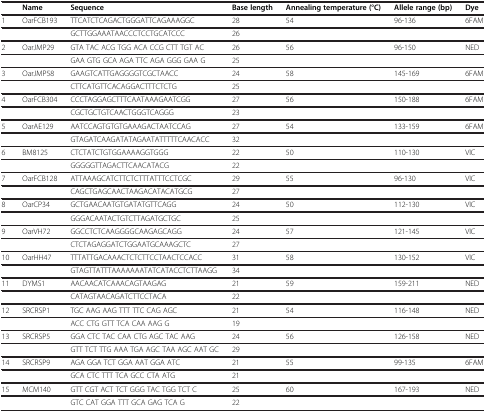
<table><thead><tr><td><b> </b></td><td><b>Name</b></td><td><b>Sequence</b></td><td><b>Base length</b></td><td><b>Annealing temperature (°C)</b></td><td><b>Allele range (bp)</b></td><td><b>Dye</b></td></tr></thead><tbody><tr><td>1</td><td>OarFCB193</td><td>TTCATCTCAGACTGGGATTCAGAAAGGC</td><td>28</td><td>54</td><td>96-136</td><td>6FAM</td></tr><tr><td> </td><td> </td><td>GCTTGGAAATAACCCTCCTGCATCCC</td><td>26</td><td> </td><td> </td><td> </td></tr><tr><td>2</td><td>OarJMP29</td><td>GTA TAC ACG TGG ACA CCG CTT TGT AC</td><td>26</td><td>56</td><td>96-150</td><td>NED</td></tr><tr><td> </td><td> </td><td>GAA GTG GCA AGA TTC AGA GGG GAA G</td><td>25</td><td> </td><td> </td><td> </td></tr><tr><td>3</td><td>OarJMP58</td><td>GAAGTCATTGAGGGGTCGCTAACC</td><td>24</td><td>58</td><td>145-169</td><td>6FAM</td></tr><tr><td> </td><td> </td><td>CTTCATGTTCACAGGACTTTCTCTG</td><td>25</td><td> </td><td> </td><td> </td></tr><tr><td>4</td><td>OarFCB304</td><td>CCCTAGGAGCTTTCAATAAAGAATCGG</td><td>27</td><td>56</td><td>150-188</td><td>6FAM</td></tr><tr><td> </td><td> </td><td>CGCTGCTGTCAACTGGGTCAGGG</td><td>23</td><td> </td><td> </td><td> </td></tr><tr><td>5</td><td>OarAE129</td><td>AATCCAGTGTGTGAAAGACTAATCCAG</td><td>27</td><td>54</td><td>133-159</td><td>6FAM</td></tr><tr><td> </td><td> </td><td>GTAGATCAAGATATAGAATATTTTTCAACACC</td><td>32</td><td> </td><td> </td><td> </td></tr><tr><td>6</td><td>BM8125</td><td>CTCTATCTGTGGAAAAGGTGGG</td><td>22</td><td>50</td><td>110-130</td><td>VIC</td></tr><tr><td> </td><td> </td><td>GGGGGTTAGACTTCAACATACG</td><td>22</td><td> </td><td> </td><td> </td></tr><tr><td>7</td><td>OarFCB128</td><td>ATTAAAGCATCTTCTCTTTATTTCCTCGC</td><td>29</td><td>55</td><td>96-130</td><td>VIC</td></tr><tr><td> </td><td> </td><td>CAGCTGAGCAACTAAGACATACATGCG</td><td>27</td><td> </td><td> </td><td> </td></tr><tr><td>8</td><td>OarCP34</td><td>GCTGAACAATGTGATATGTTCAGG</td><td>24</td><td>50</td><td>112-130</td><td>VIC</td></tr><tr><td> </td><td> </td><td>GGGACAATACTGTCTTAGATGCTGC</td><td>25</td><td> </td><td> </td><td> </td></tr><tr><td>9</td><td>OarVH72</td><td>GGCCTCTCAAGGGGCAAGAGCAGG</td><td>24</td><td>57</td><td>121-145</td><td>VIC</td></tr><tr><td> </td><td> </td><td>CTCTAGAGGATCTGGAATGCAAAGCTC</td><td>27</td><td> </td><td> </td><td> </td></tr><tr><td>10</td><td>OarHH47</td><td>TTTATTGACAAACTCTCTTCCTAACTCCACC</td><td>31</td><td>58</td><td>130-152</td><td>VIC</td></tr><tr><td> </td><td> </td><td>GTAGTTATTTAAAAAAATATCATACCTCTTAAGG</td><td>34</td><td> </td><td> </td><td> </td></tr><tr><td>11</td><td>DYMS1</td><td>AACAACATCAAACAGTAAGAG</td><td>21</td><td>59</td><td>159-211</td><td>NED</td></tr><tr><td> </td><td> </td><td>CATAGTAACAGATCTTCCTACA</td><td>22</td><td> </td><td> </td><td> </td></tr><tr><td>12</td><td>SRCRSP1</td><td>TGC AAG AAG TTT TTC CAG AGC</td><td>21</td><td>54</td><td>116-148</td><td>NED</td></tr><tr><td> </td><td> </td><td>ACC CTG GTT TCA CAA AAG G</td><td>19</td><td> </td><td> </td><td> </td></tr><tr><td>13</td><td>SRCRSP5</td><td>GGA CTC TAC CAA CTG AGC TAC AAG</td><td>24</td><td>56</td><td>126-158</td><td>NED</td></tr><tr><td> </td><td> </td><td>GTT TCT TTG AAA TGA AGC TAA AGC AAT GC</td><td>29</td><td> </td><td> </td><td> </td></tr><tr><td>14</td><td>SRCRSP9</td><td>AGA GGA TCT GGA AAT GGA ATC</td><td>21</td><td>55</td><td>99-135</td><td>6FAM</td></tr><tr><td> </td><td> </td><td>GCA CTC TTT TCA GCC CTA ATG</td><td>21</td><td> </td><td> </td><td> </td></tr><tr><td>15</td><td>MCM140</td><td>GTT CGT ACT TCT GGG TAC TGG TCT C</td><td>25</td><td>60</td><td>167-193</td><td>NED</td></tr><tr><td> </td><td> </td><td>GTC CAT GGA TTT GCA GAG TCA G</td><td>22</td><td> </td><td> </td><td> </td></tr></tbody></table>